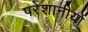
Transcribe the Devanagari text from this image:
परेशानीयों